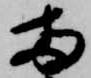
両